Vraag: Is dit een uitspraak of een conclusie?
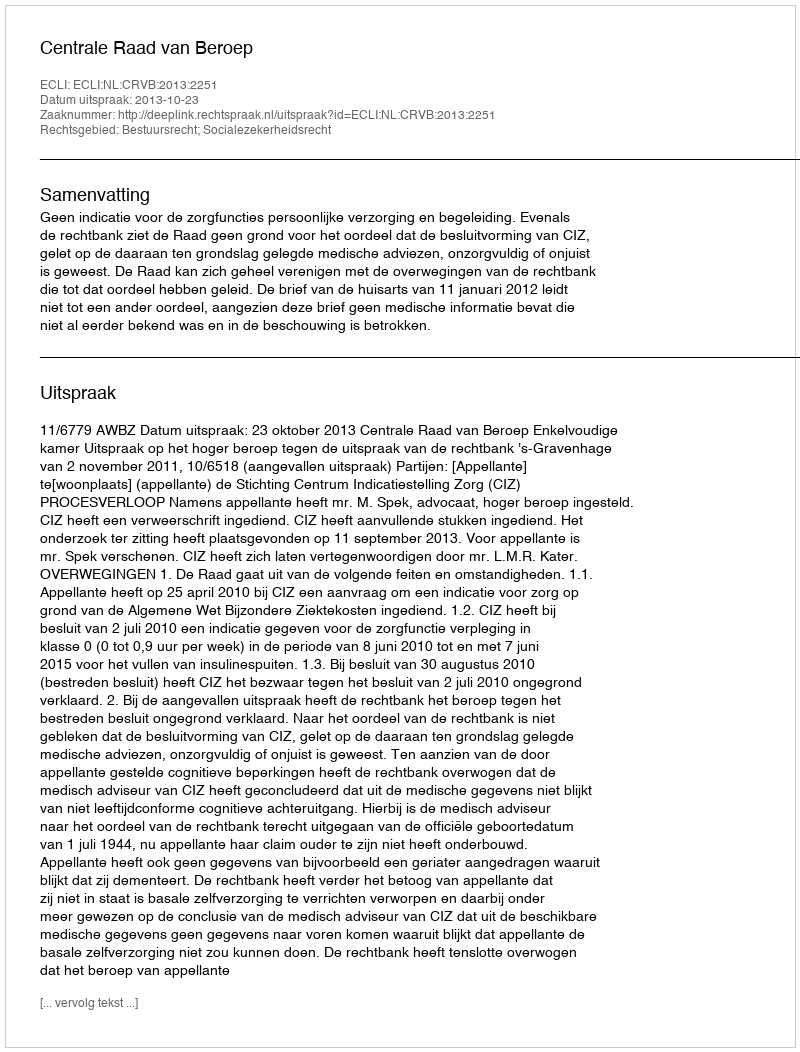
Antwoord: Uitspraak